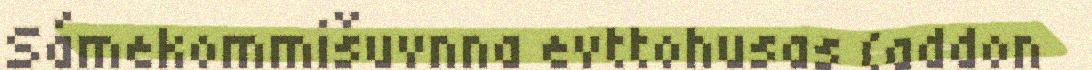
Sámekommišuvnna evttohusas (addon